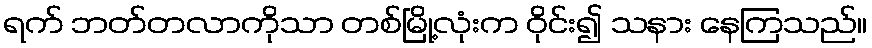
ရက် ဘတ်တလာကိုသာ တစ်မြို့လုံးက ဝိုင်း၍ သနား နေကြသည်။